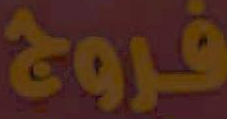
فروج